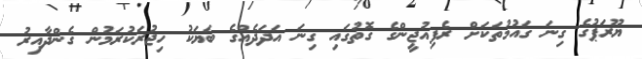
ޔޫރަޕުގެ ގިނަ ގައުމުތަކަށް ރެފިއުޖީންގެ ގޮތުގައި ގިނަ އަދަދެއްގެ ބަޔަކު ހިޖުރަކުރަމުން ގެންދާއިރު